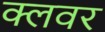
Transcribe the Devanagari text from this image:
क्लवर